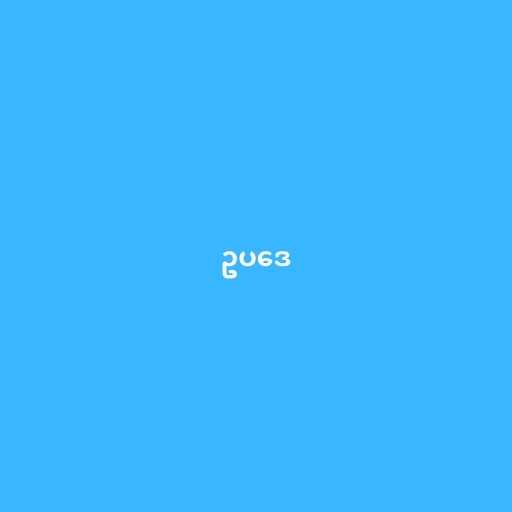
ဥပဒေ